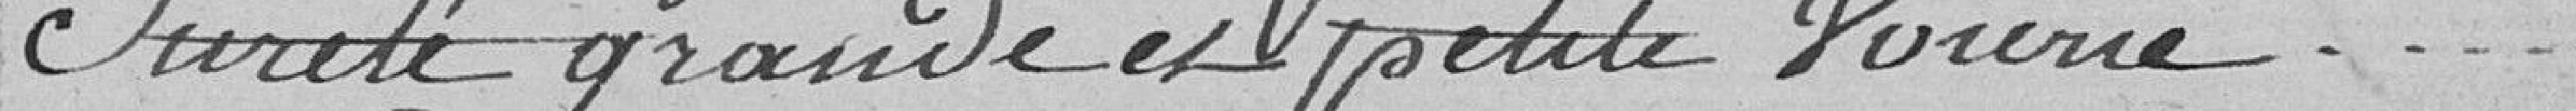
Sûreté grande et petite voirie